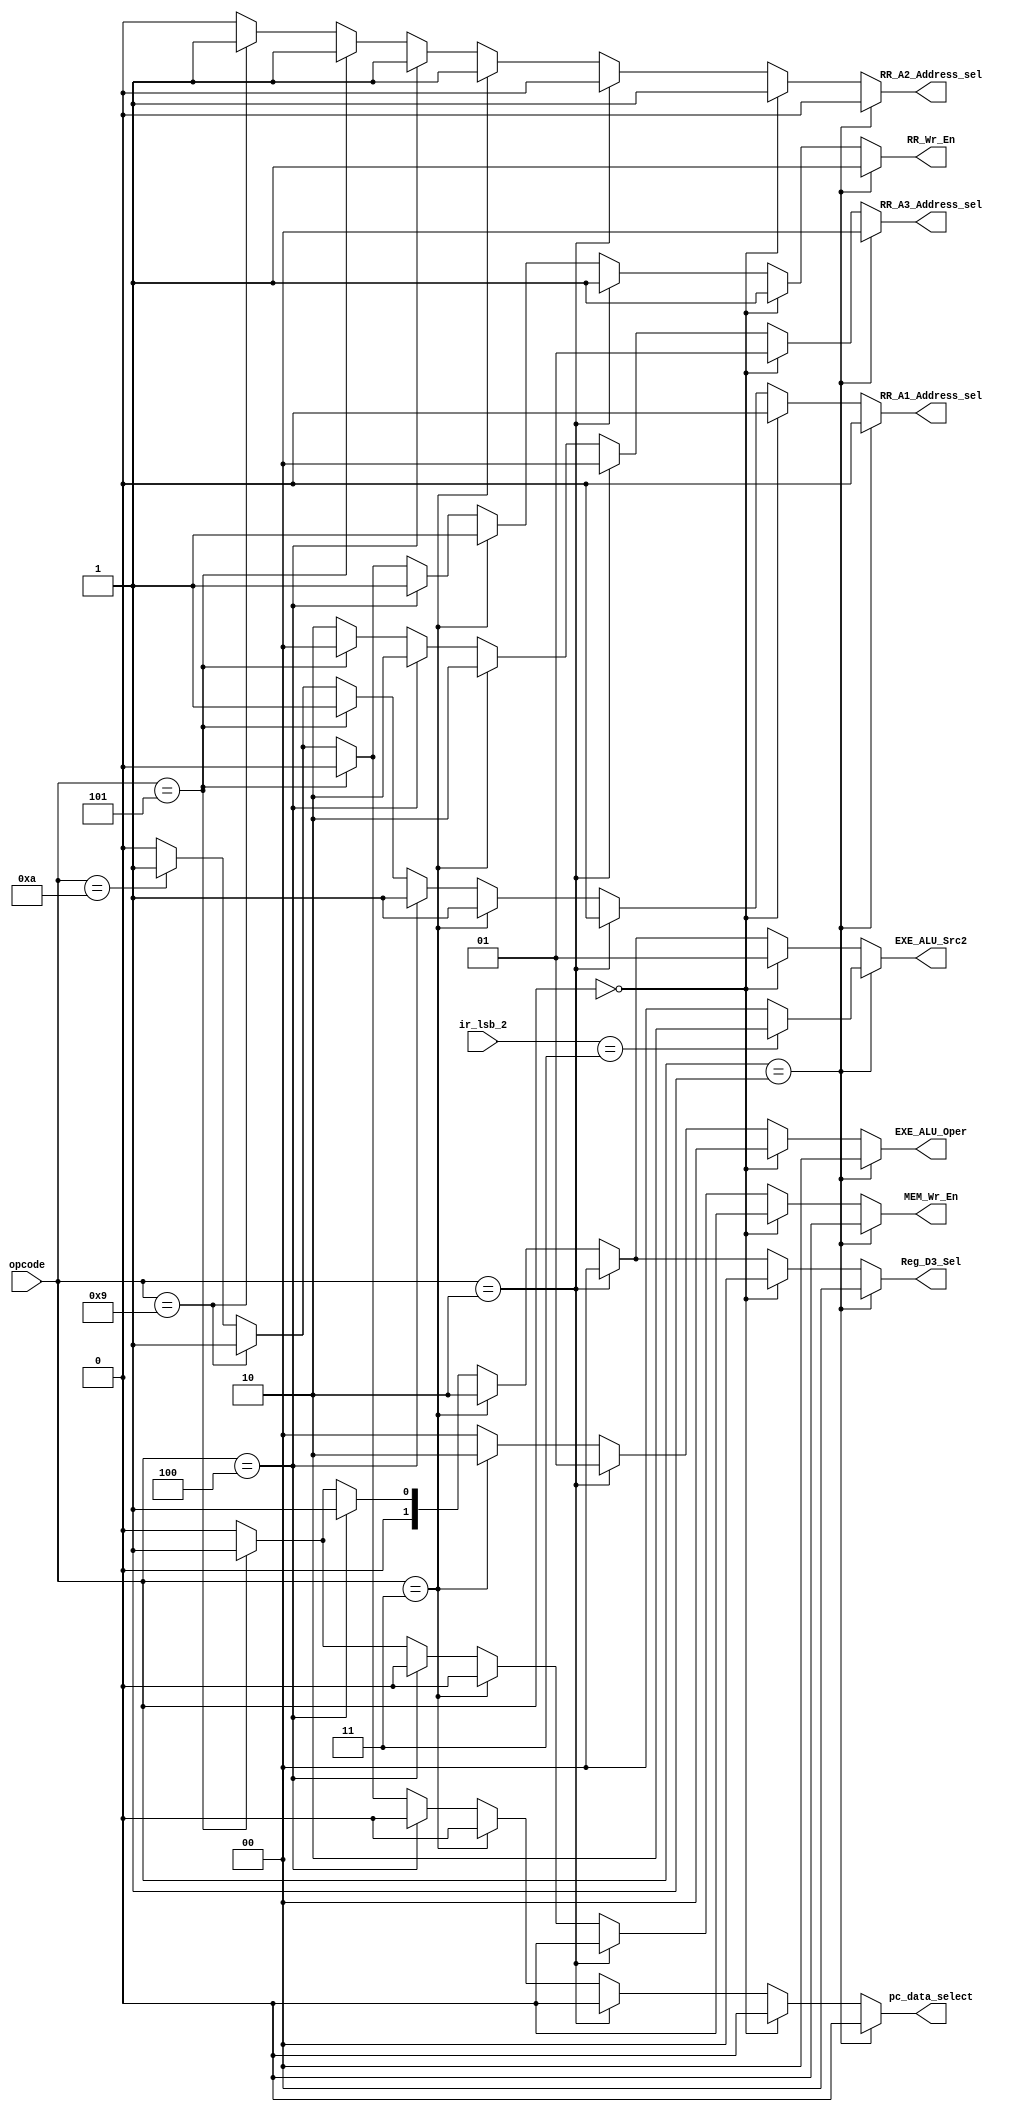
module control_decoder (opcode, ir_lsb_2, RR_A1_Address_sel, RR_A2_Address_sel, RR_A3_Address_sel, RR_Wr_En, 
						EXE_ALU_Src2, EXE_ALU_Oper, Reg_D3_Sel, MEM_Wr_En, pc_data_select);

input [3:0] opcode;
input [1:0] ir_lsb_2;


output reg RR_A1_Address_sel, RR_A2_Address_sel, RR_Wr_En, MEM_Wr_En, pc_data_select;
output reg [1:0] RR_A3_Address_sel, EXE_ALU_Oper, Reg_D3_Sel, EXE_ALU_Src2;

always @(opcode, ir_lsb_2)
	begin
		if( opcode == 4'b0001) begin	  //ADD, ADC, ADZ
			RR_A1_Address_sel = 1'b0;
			RR_A2_Address_sel = 1'b0;
			RR_A3_Address_sel = 2'b00;
			RR_Wr_En = 1'b1;
			pc_data_select = 1'b0;
			if ( ir_lsb_2 == 2'b11)
				EXE_ALU_Src2 = 2'b10;
			else
				EXE_ALU_Src2 = 2'b00;
			EXE_ALU_Oper = 2'b00;
			Reg_D3_Sel = 2'b00;
			MEM_Wr_En = 1'b0;
		end		
		else if( opcode == 4'b0000 ) begin  //ADI
			RR_A1_Address_sel = 1'b0;
			RR_A2_Address_sel = 1'b1; // not required during ADI
			RR_A3_Address_sel = 2'b01; //changed now for ADI not working
			RR_Wr_En = 1'b1;
			pc_data_select = 1'b0;
			EXE_ALU_Src2 = 2'b01;
			EXE_ALU_Oper = 2'b00;
			Reg_D3_Sel = 2'b00;
			MEM_Wr_En = 1'b0; 
		end
		else if( opcode == 4'b0010 ) begin  //NDU, NDC, NDZ
			RR_A1_Address_sel = 1'b0;
			RR_A2_Address_sel = 1'b0;
			RR_A3_Address_sel = 2'b00;
			RR_Wr_En = 1'b1;
			pc_data_select = 1'b0;
			EXE_ALU_Src2 = 2'b00;
			EXE_ALU_Oper = 2'b01;
			Reg_D3_Sel = 2'b00;
			MEM_Wr_En = 1'b0;
		end	
		else if( opcode == 4'b0011 ) begin  //LHI
			RR_A1_Address_sel = 1'b1;  // not required during LHI
			RR_A2_Address_sel = 1'b1;  // not required during LHI
			RR_A3_Address_sel = 2'b10;
			RR_Wr_En = 1'b1;
			pc_data_select = 1'b0;
			EXE_ALU_Src2 = 2'b10;
			EXE_ALU_Oper = 2'b10;  // no ALU operation
			Reg_D3_Sel = 2'b10;
			MEM_Wr_En = 1'b0;
		end
		else if( opcode == 4'b0100 ) begin  //LW
			RR_A1_Address_sel = 1'b1;
			RR_A2_Address_sel = 1'b1; // not required during LW
			RR_A3_Address_sel = 2'b10;
			RR_Wr_En = 1'b1;
			pc_data_select = 1'b0;
			EXE_ALU_Src2 = 2'b01;
			EXE_ALU_Oper = 2'b00;
			Reg_D3_Sel = 2'b01;
			MEM_Wr_En = 1'b0;
		end
		else if( opcode == 4'b0101 ) begin  //SW
			RR_A1_Address_sel = 1'b1;
			RR_A2_Address_sel = 1'b1; 
			RR_A3_Address_sel = 2'b00; // not required during SW
			RR_Wr_En = 1'b0;
			pc_data_select = 1'b0;
			EXE_ALU_Src2 = 2'b01;
			EXE_ALU_Oper = 2'b00;
			Reg_D3_Sel = 2'b01; // not required during SW
			MEM_Wr_En = 1'b1;
		end
		else if ( opcode == 4'b1001 ) begin // JAL
			RR_A1_Address_sel = 1'b1 ; // not rqd for jal
			RR_A2_Address_sel = 1'b1; // not rqd for jal 
			RR_A3_Address_sel = 2'b10; // ir 11:9 
			RR_Wr_En = 1'b1;
			EXE_ALU_Src2 = 2'b00;
			pc_data_select = 1'b1;
			EXE_ALU_Oper = 2'b00;
			Reg_D3_Sel = 2'b00; 
			MEM_Wr_En = 1'b0;
		end
		else if ( opcode == 4'b1010 ) begin // JLR
			RR_A1_Address_sel = 1'b1;  // not rqd for jlr
			RR_A2_Address_sel = 1'b0; 
			RR_A3_Address_sel = 2'b10; // ir 11:9 
			RR_Wr_En = 1'b1;
			EXE_ALU_Src2 = 2'b00;
			pc_data_select = 1'b1;
			EXE_ALU_Oper = 2'b00;
			Reg_D3_Sel = 2'b00; 
			MEM_Wr_En = 1'b0;
		end
		else begin  // corresponding to NOP
			RR_A1_Address_sel = 1'b0;
			RR_A2_Address_sel = 1'b0;
			RR_A3_Address_sel = 2'b10;
			RR_Wr_En = 1'b0;
			pc_data_select = 1'b0;
		    EXE_ALU_Src2 = 2'b00;
			EXE_ALU_Oper = 2'b00;
			Reg_D3_Sel = 2'b00;
			MEM_Wr_En = 1'b0; 
		end

	end
		
endmodule